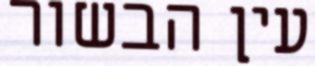
עין הבשור